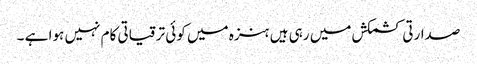
صدارتی کشمکش میں رہی ہیں ہنزہ میں کوئی ترقیاتی کام نہیں ہوا ہے ۔